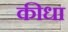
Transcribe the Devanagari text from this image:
कीधा